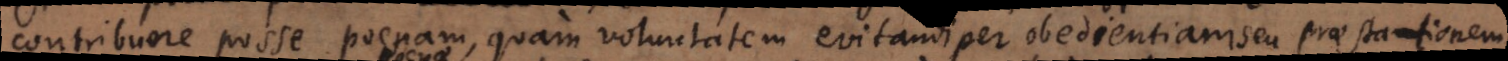
contribuere posse poenam quam voluntatem ejus evitandae per obedientiam. Quoniam